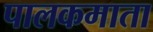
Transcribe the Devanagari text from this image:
पालकमाता